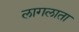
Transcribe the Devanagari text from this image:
लागलाता